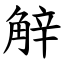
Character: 觪